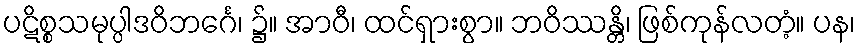
ပဋိစ္စသမုပ္ပါဒဝိဘင်္ဂေ၊ ၌။ အာဝီ၊ ထင်ရှားစွာ။ ဘဝိဿန္တိ၊ ဖြစ်ကုန်လတံ့။ ပန၊